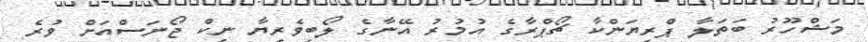
މަޝްހޫރު ބަތަލާ ޕްރިޔަންކާ ޗޯޕްރާގެ އުމުރު އޭނާގެ ލޯބިވެރިޔާ ނިކް ޖޯނަސްއަށް ވުރެ